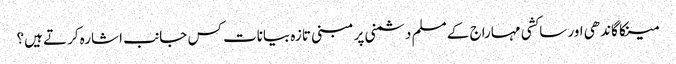
مینکا گاندھی اور ساکشی مہاراج کے مسلم دشمنی پر مبنی تازہ بیانات کس جانب اشارہ کرتے ہیں؟